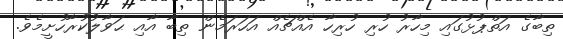
ތިބާގެ އަތްޕުޅުގައި މިހާރު ހުރި ހުރިހާ އެއްޗެއް އަހަރަމެން ތިބާ އާއި ޙަވާލުކުރާހުށީމެވެ.